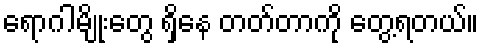
ရောဂါမျိုးတွေ ရှိနေ တတ်တာကို တွေ့ရတယ်။